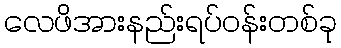
လေဖိအားနည်းရပ်ဝန်းတစ်ခု